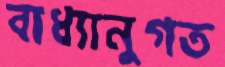
বাধ্যানুগত